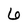
Character: 6